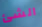
الشئ